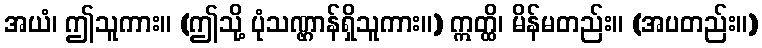
အယံ၊ ဤသူကား။ (ဤသို့ ပုံသဏ္ဌာန်ရှိသူကား။) ဣတ္ထိ၊ မိန်မတည်း။ (အပတည်း။)